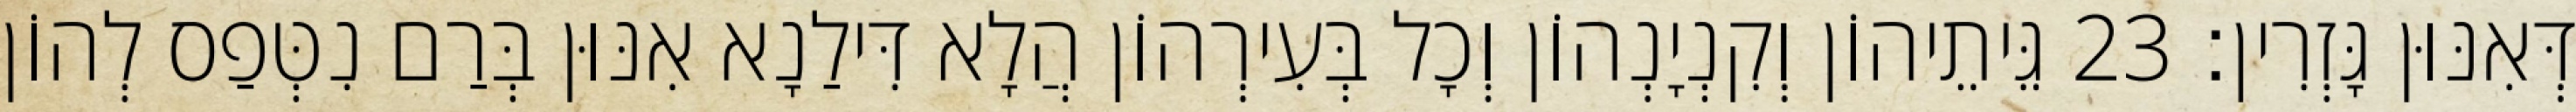
דְּאִנּוּן גָּזְרִין׃ 23 גֵּיתֵיהוֹן וְקִנְיָנְהוֹן וְכָל בְּעִירְהוֹן הֲלָא דִּילַנָא אִנּוּן בְּרַם נִטְּפַס לְהוֹן